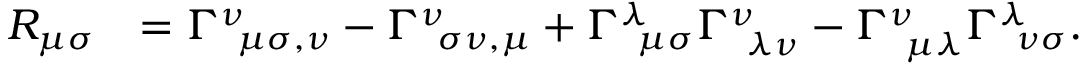
\begin{array} { r l } { R _ { \mu \sigma } } & { = \Gamma _ { \, \, \, \mu \sigma , \nu } ^ { \nu } - \Gamma _ { \, \, \, \sigma \nu , \mu } ^ { \nu } + \Gamma _ { \, \, \, \mu \sigma } ^ { \lambda } \Gamma _ { \, \, \, \lambda \nu } ^ { \nu } - \Gamma _ { \, \, \, \mu \lambda } ^ { \nu } \Gamma _ { \, \, \, \nu \sigma } ^ { \lambda } . } \end{array}